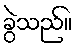
ခွဲသည်။